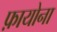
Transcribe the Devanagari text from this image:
फ़ायोना